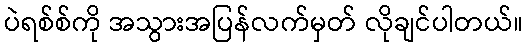
ပဲရစ်စ်ကို အသွားအပြန်လက်မှတ် လိုချင်ပါတယ်။